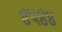
૪૫૪૪